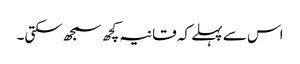
اس سے پہلے کہ قانیہ کچھ سمجھ سکتی۔